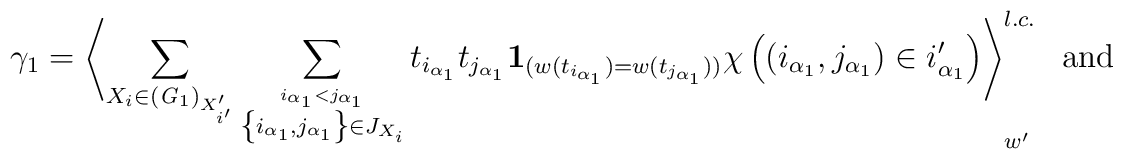
\gamma_{1}=\left\langle\sum_{X_i\in ({\it G}_1)_{X'_{i'}}}\sum_{\stackrel{i_{\alpha_{1}}< j_{\alpha_{1}}}{\left\{i_{\alpha_{1}},j_{\alpha_{1}}\right\}\in J_{X_{i}}}}t_{i_{\alpha_{1}}}t_{j_{\alpha_{1}}}{\bf 1}_{(w(t_{i_{\alpha_{1}}})=w(t_{j_{\alpha_{1}}}))}\chi\left(\left(i_{\alpha_{1}},j_{\alpha_{1}}\right)\in i'_{\alpha_{1}}\right)\right\rangle ^{l.c.}_{w'}\;\mbox{ and}